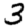
Digit: 3